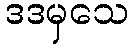
ဒဒမှသေ